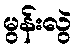
မွန်းလွဲ